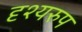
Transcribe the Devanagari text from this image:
दृश्यरुप